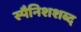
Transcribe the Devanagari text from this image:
स्पैनिशशब्द